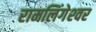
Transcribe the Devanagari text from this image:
रामलिंगेश्‍वर